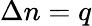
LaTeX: \Delta n=q